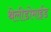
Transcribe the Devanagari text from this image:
थेलीडोमाईड